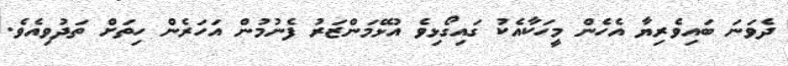
ދެވަނަ ބައިވެރިޔާ އެހެން މީހަކާއެކު ގައިގޯޅިވެ އުޅޭމަންޒަރު ފެނުމުން އަހަރެން ހިތަށް ތަދުވިއެވެ.